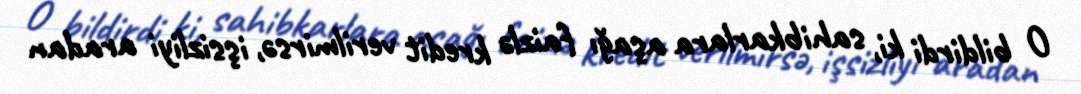
O bildirdi ki, sahibkarlara aşağı faizlə kredit verilmirsə, işsizliyi aradan